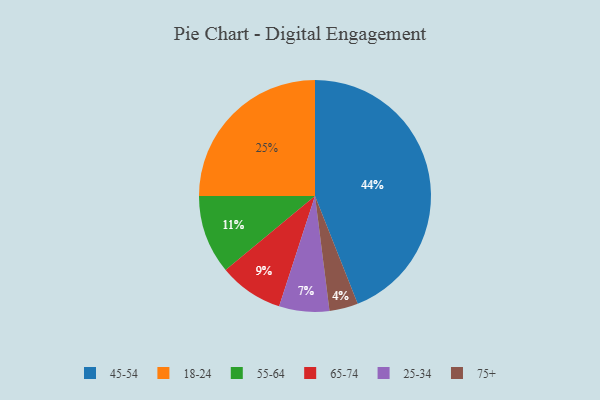
{"axis": {"x": "Category", "y": "Percentage"}, "legend": ["18-24", "25-34", "45-54", "55-64", "65-74", "75+"], "data": [{"x": "25-34", "y": 7, "type": "25-34"}, {"x": "75+", "y": 4, "type": "75+"}, {"x": "45-54", "y": 44, "type": "45-54"}, {"x": "65-74", "y": 9, "type": "65-74"}, {"x": "55-64", "y": 11, "type": "55-64"}, {"x": "18-24", "y": 25, "type": "18-24"}]}